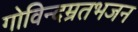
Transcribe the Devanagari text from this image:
गोविन्दम्रतभजन